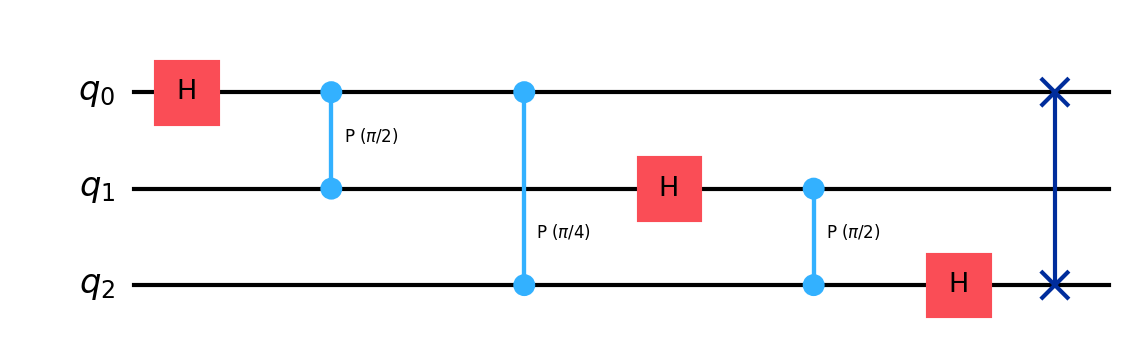
Description: 3-qubit Quantum Fourier Transform
描述: 3量子比特量子傅里叶变换
Category: advanced_algorithms (difficulty: advanced)
Qubits: 3, circuit depth: 6

Braket implementation:
import math
from braket.circuits import Circuit
circuit = (Circuit()
    .h(0)
    .cphaseshift(1, 0, math.pi/2)
    .cphaseshift(2, 0, math.pi/4)
    .h(1)
    .cphaseshift(2, 1, math.pi/2)
    .h(2)
    .swap(0, 2))

Qiskit implementation:
import math
from qiskit import QuantumCircuit
circuit = QuantumCircuit(3)
circuit.h(0)
circuit.cp(math.pi/2, 1, 0)
circuit.cp(math.pi/4, 2, 0)
circuit.h(1)
circuit.cp(math.pi/2, 2, 1)
circuit.h(2)
circuit.swap(0, 2)